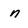
Character: n